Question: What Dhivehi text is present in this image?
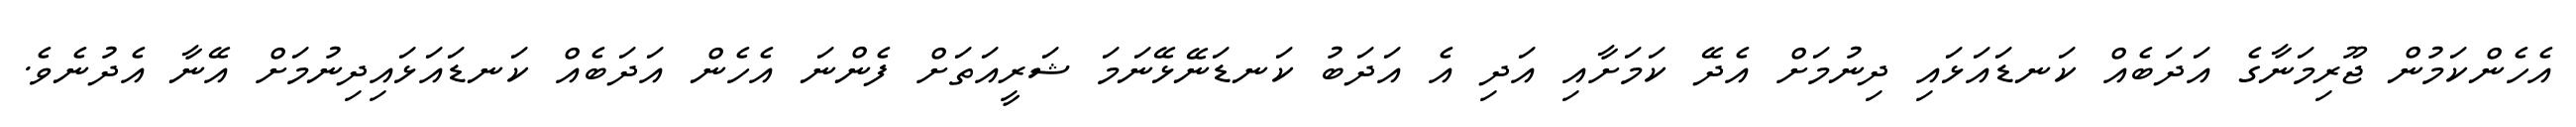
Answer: އެހެންކަމުން ޖޫރިމަނާގެ އަދަބެއް ކަނޑައަޅައި ދިނުމަށް އެދޭ ކަމަށާއި އަދި އެ އަދަބު ކަނޑަނޭޅޭނަމަ ޝަރީއަތަށް ފެންނަ އެހެން އަދަބެއް ކަނޑައަޅައިދިނުމަށް އޭނާ އެދުނެވެ.